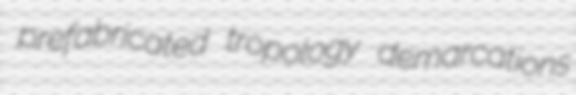
prefabricated tropology demarcations